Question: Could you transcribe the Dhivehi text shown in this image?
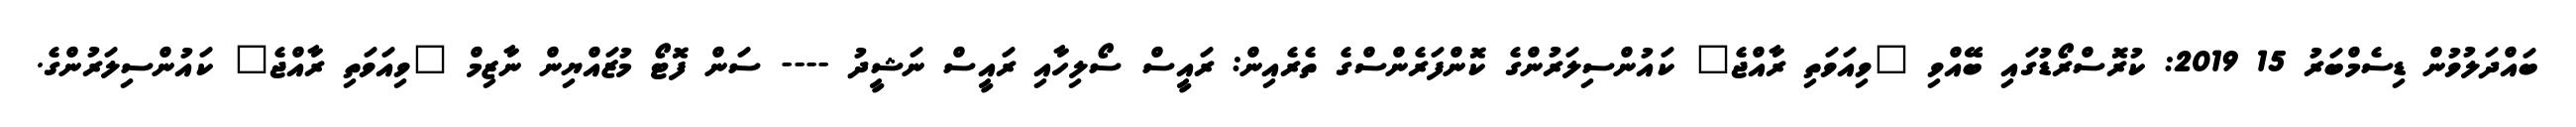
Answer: ބައްދަލުވުން ޑިސެމްބަރު 15 2019: ކުރޮސްރޯޑުގައި ބޭއްވި "ވިއަވަތި ރާއްޖެ" ކައުންސިލަރުންގެ ކޮންފަރެންސްގެ ތެރެއިން: ރައީސް ސޯލިހާއި ރައީސް ނަޝީދު ---- ސަން ފޮޓޯ މުޒައްޔިން ނާޒިމް "ވިއަވަތި ރާއްޖެ" ކައުންސިލަރުންގެ.